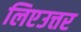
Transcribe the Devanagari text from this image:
लिएउत्तर